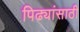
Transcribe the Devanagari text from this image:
पिढ्यांसाठी